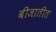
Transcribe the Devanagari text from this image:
बीजातीत